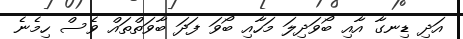
އަދި ޑިނގާ އާއި ބޯވަދިލަ މަހާއި ބޯވަ ފަދަ ބާވަތްތައް ވެސް ހިމެނެ